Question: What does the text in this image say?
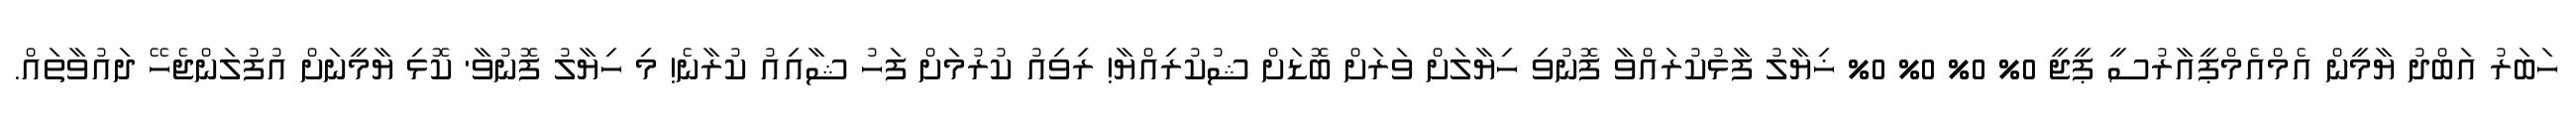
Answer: ހަބަރު އަބްދު ޔާމީން އެމްއެމްޕީއާރުސީ ޕީޖީ 0% 0% 0% 0% ޚިޔާލު ފާޅުކުރައްވާ ފޮނުވި ހިޔާލަށް ވަރަށް ބޮޑަށް ޝުކުރިއްޔާ! ރިވިއު ކުރުމަށް ފަހު ޝާއިއު ކުރާނެ! މި ހިޔާލު ފޮނުވާ' ކޮޅި ޔާމީނަށް އުފުލަންޖެހޭ ދައުވާތައް.